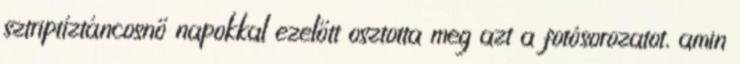
sztriptíztáncosnő napokkal ezelőtt osztotta meg azt a fotósorozatot, amin